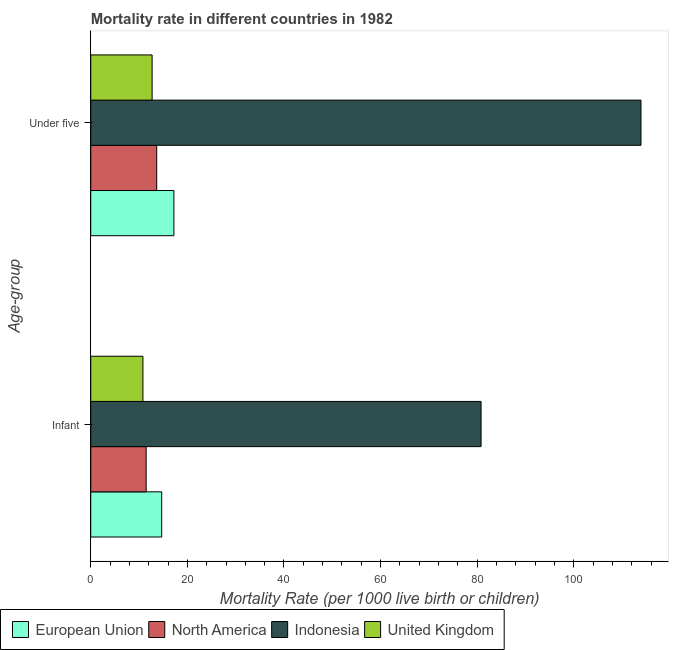
| Age-group | European Union | North America | Indonesia | United Kingdom |
 | --- | --- | --- | --- | --- |
 | Infant | 14.7 | 11.5 | 80.8 | 10.8 |
 | Under five | 17.2 | 13.6 | 114 | 12.7 |